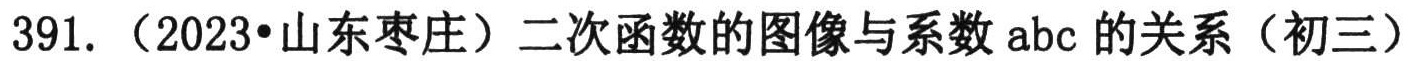
391.（2023•山东枣庄）二次函数的图像与系数abc的关系（初三）